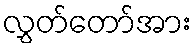
လွှတ်တော်အား